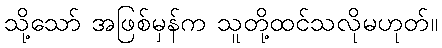
သို့သော် အဖြစ်မှန်က သူတို့ထင်သလိုမဟုတ်။